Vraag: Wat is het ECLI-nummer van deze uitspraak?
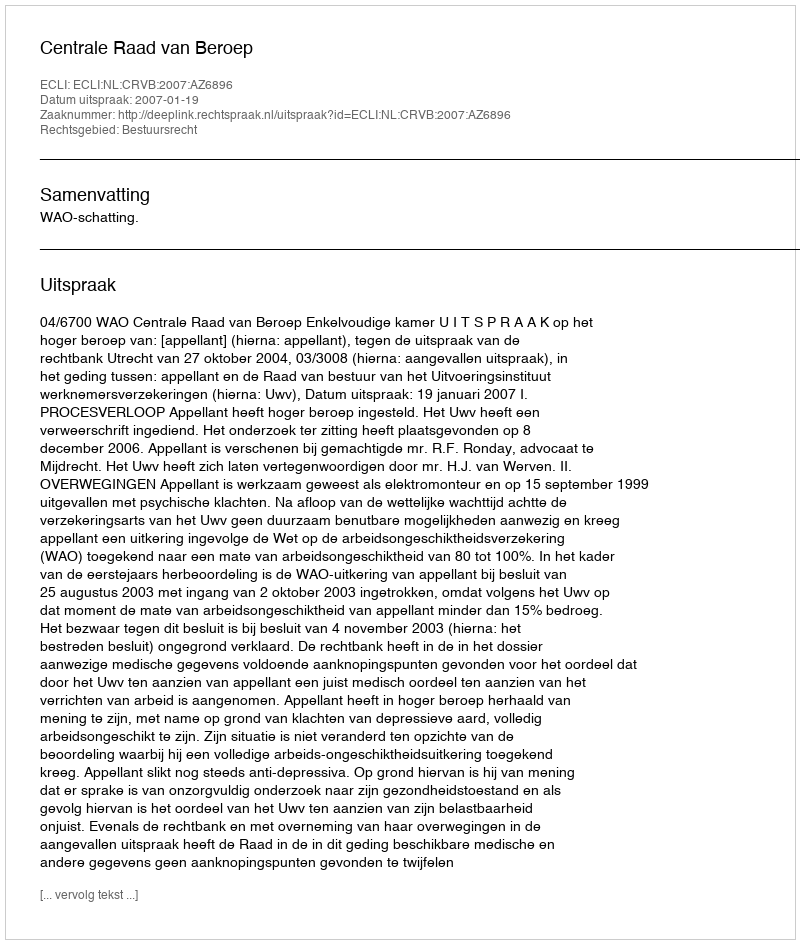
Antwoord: ECLI:NL:CRVB:2007:AZ6896